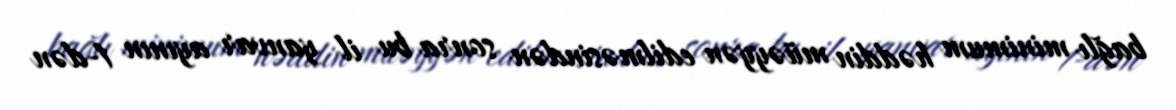
bağlı minimum həddin müəyyən edilməsindən sonra bu il yanvar ayının 1-dən